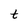
Character: t